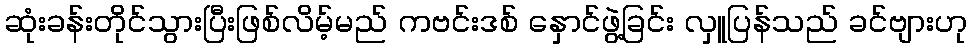
ဆုံးခန်းတိုင်သွားပြီးဖြစ်လိမ့်မည် ကဗင်းဒစ် နှောင်ဖွဲ့ခြင်း လှူပြန်သည် ခင်ဗျားဟု